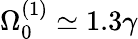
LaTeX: \Omega_{0}^{(1)}\simeq 1.3\gamma